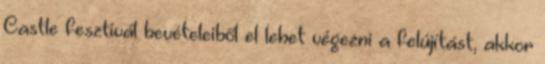
Castle fesztivál bevételeiből el lehet végezni a felújítást, akkor